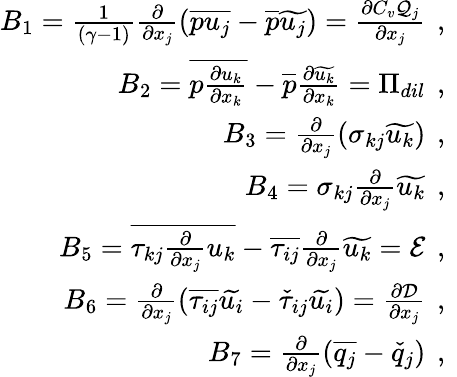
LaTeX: \begin{array}{r}{B_{1}=\frac{1}{(\gamma-1)}\frac{\partial}{\partial x_{j}}\left(\overline{{pu_{j}}}-\overline{{p}}\widetilde{u_{j}}\right)=\frac{\partial C_{v}\mathcal{Q}_{j}}{\partial x_{j}}\, \mathrm{~,~}}\\ {B_{2}=\overline{{p\frac{\partial u_{k}}{\partial x_{k}}}}-\overline{{p}}\frac{\partial\widetilde{u_{k}}}{\partial x_{k}}=\Pi_{dil}\, \mathrm{~,~}}\\ {B_{3}=\frac{\partial}{\partial x_{j}}\left(\sigma_{kj}\widetilde{u_{k}}\right)\, \mathrm{~,~}}\\ {B_{4}=\sigma_{kj}\frac{\partial}{\partial x_{j}}\widetilde{u_{k}}\, \mathrm{~,~}}\\ {B_{5}=\overline{{\tau_{kj}\frac{\partial}{\partial x_{j}}u_{k}}}-\overline{{\tau_{ij}}}\frac{\partial}{\partial x_{j}}\widetilde{u_{k}}=\mathcal{E}\, \mathrm{~,~}}\\ {B_{6}=\frac{\partial}{\partial x_{j}}\left(\overline{{\tau_{ij}}}\widetilde{u_{i}}-\check{\tau}_{ij}\widetilde{u_{i}}\right)=\frac{\partial\mathcal{D}}{\partial x_{j}}\, \mathrm{~,~}}\\ {B_{7}=\frac{\partial}{\partial x_{j}}\left(\overline{{q_{j}}}-\check{q}_{j}\right)\, \mathrm{~,~}}\end{array}